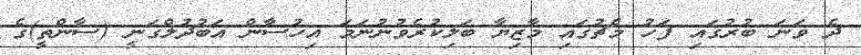
ދެ ވަނަ ބުރުގައި ފަހު މެޗުގައި މާޒިޔާ ބަލިކުރެވުނުނަމަ އިހުސާން އަބުދުލްގަނީ (ސާންތީ)ގެ